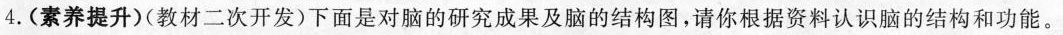
4.(素养提升)(教材二次开发)下面是对脑的研究成果及脑的结构图，请你根据资料认识脑的结构和功能。